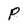
Character: P